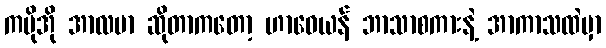
ကမိုအို အာလဗာ ဆိုတာကတော့ ဟာဝေယန် ဘာသာစကားနဲ့ အာကာသထဲမှာ